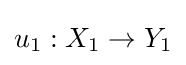
u_{1}:X_{1}\to Y_{1}